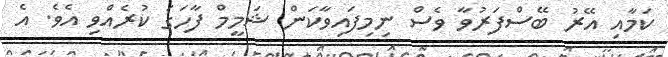
ކަމާއި އޭރު ބޭސްފަރުވާ ވެސް ނިމިފައިވާކަން ޝަމީމް ފާހަގަ ކުރެއްވި އެވެ. އެ